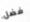
فضل